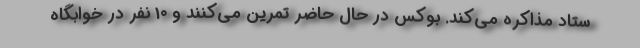
ستاد مذاکره می‌کند. بوکس در حال حاضر تمرین می‌کنند و 10 نفر در خوابگاه